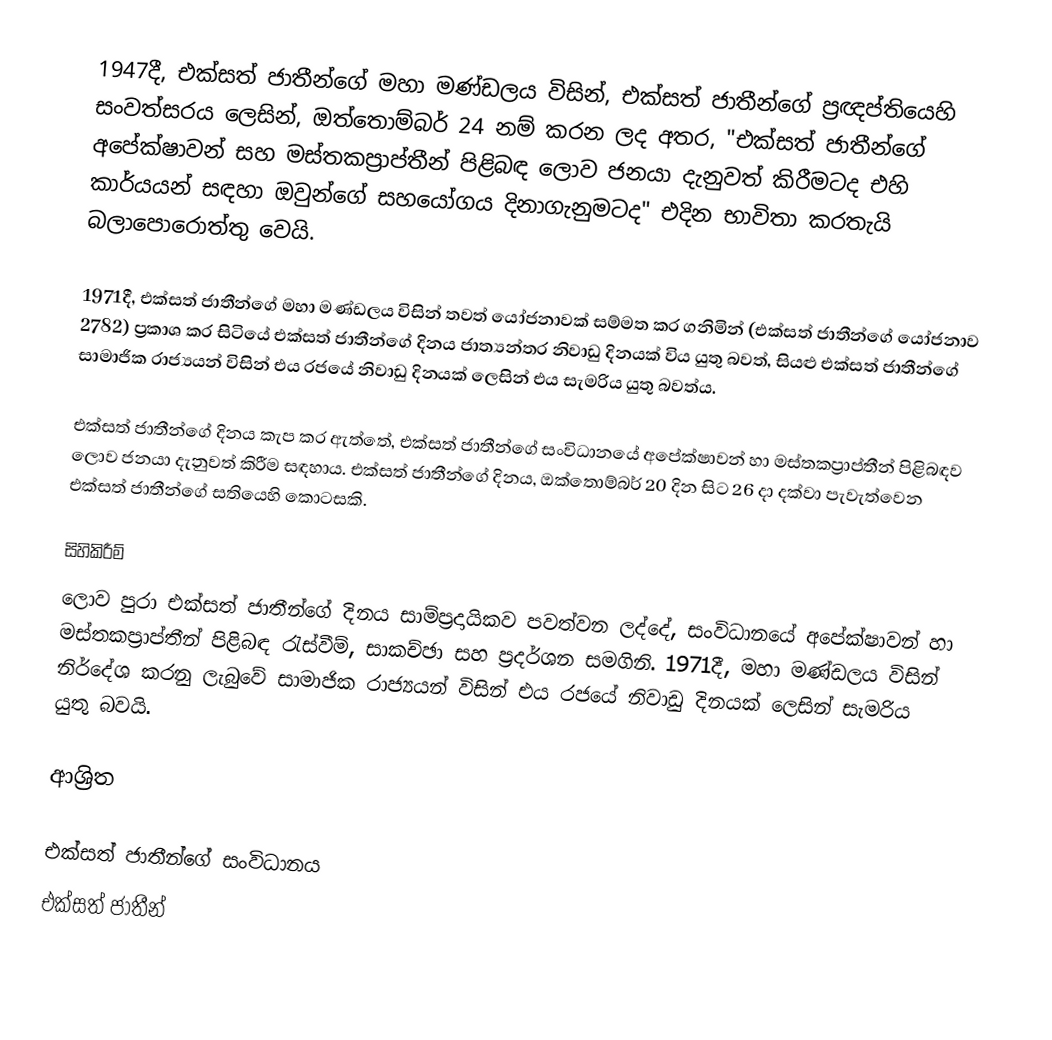
1947දී, එක්සත් ජාතීන්ගේ මහා මණ්ඩලය විසින්, එක්සත් ජාතීන්ගේ ප්‍රඥප්තියෙහි සංවත්සරය ලෙසින්, ඔත්තොම්බර් 24 නම් කරන ලද අතර, "එක්සත් ජාතීන්ගේ අපේක්ෂාවන් සහ මස්තකප්‍රාප්තීන් පිළිබඳ ලොව ජනයා දැනුවත් කිරීමටද එහි කාර්යයන් සඳහා ඔවුන්ගේ සහයෝගය දිනාගැනුමටද" එදින භාවිතා කරතැයි බලාපොරොත්තු වෙයි.

1971දී,  එක්සත් ජාතීන්ගේ මහා මණ්ඩලය විසින් තවත් යෝජනාවක් සම්මත කර ගනිමින් (එක්සත් ජාතීන්ගේ යෝජනාව 2782) ප්‍රකාශ කර සිටියේ එක්සත් ජාතීන්ගේ දිනය ජාත්‍යන්තර නිවාඩු දිනයක් විය යුතු බවත්,  සියළු එක්සත් ජාතීන්ගේ සාමාජික රාජ්‍යයන් විසින් එය රජයේ නිවාඩු දිනයක් ලෙසින් එය සැමරිය යුතු බවත්ය.

එක්සත් ජාතීන්ගේ දිනය කැප කර ඇත්තේ,  එක්සත් ජාතීන්ගේ සංවිධානයේ අපේක්ෂාවන් හා මස්තකප්‍රාප්තීන් පිළිබඳව ලොව ජනයා දැනුවත් කිරීම සඳහාය. එක්සත් ජාතීන්ගේ දිනය, ඔක්තොම්බර් 20  දින සිට 26 දා දක්වා පැවැත්වෙන එක්සත් ජාතීන්ගේ සතියෙහි කොටසකි.

සිහිකිරීම්
ලොව පුරා එක්සත් ජාතීන්ගේ දිනය සාම්ප්‍රදායිකව පවත්වන ලද්දේ, සංවිධානයේ අපේක්ෂාවන් හා මස්තකප්‍රාප්තීන් පිළිබඳ රැස්වීම්, සාකච්ඡා සහ ප්‍රදර්ශන සමගිනි. 1971දී, මහා මණ්ඩලය විසින් නිර්දේශ කරනු ලැබුවේ  සාමාජික රාජ්‍යයන් විසින් එය  රජයේ නිවාඩු දිනයක් ලෙසින් සැමරිය යුතු බවයි.

ආශ්‍රිත

එක්සත් ජාතීන්ගේ සංවිධානය
එක්සත් ජාතීන්